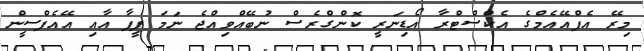
މިރޭ އެފްއޭއެމްގެ އެކްސްޓްރާ އޯޑިނަރީ ކޮންގްރެސް ނުބޭއްވިއްޖެ ނަމަ ފީފާ އާއި އޭއެފްސީން